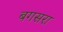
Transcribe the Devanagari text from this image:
बगसरा